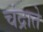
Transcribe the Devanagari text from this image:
चंद्राते